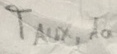
Text: TAUX,1a